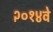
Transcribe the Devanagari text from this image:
२०१४वे